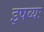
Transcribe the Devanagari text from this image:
इषव्यः